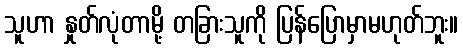
သူဟာ နှုတ်လုံတာမို့ တခြားသူကို ပြန်ပြောမှာမဟုတ်ဘူး။